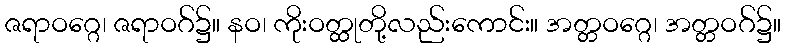
ဇရာဝဂ္ဂေ၊ ဇရာဝဂ်၌။ နဝ၊ ကိုးဝတ္ထုတို့လည်းကောင်း။ အတ္တဝဂ္ဂေ၊ အတ္တဝဂ်၌။